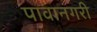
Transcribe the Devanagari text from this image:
पावानगरी